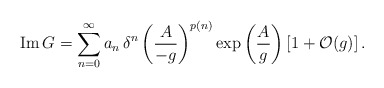
\begin{align*}{\rm Im} \, G =\sum_{n=0}^{\infty} a_n \, {\delta}^n \left(\frac{A}{-g}\right)^{p(n)}\exp \left(\frac{A}{g}\right) [1+{\cal O}(g)]\, .\end{align*}